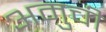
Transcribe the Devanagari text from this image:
अमुची